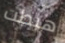
هبطت